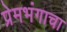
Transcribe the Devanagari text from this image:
प्रेमभंगाचा